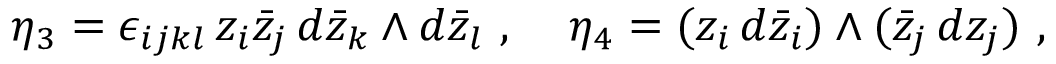
\eta _ { 3 } = \epsilon _ { i j k l } \, z _ { i } \bar { z } _ { j } \, d \bar { z } _ { k } \wedge d \bar { z } _ { l } \ , \; \; \; \; \eta _ { 4 } = ( z _ { i } \, d \bar { z } _ { i } ) \wedge ( \bar { z } _ { j } \, d z _ { j } ) \ , \; \; \; \;